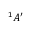
^ { 1 } A ^ { \prime }